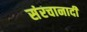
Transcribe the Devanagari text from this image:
संरचानादी